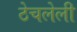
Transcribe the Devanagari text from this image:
ठेचलेली